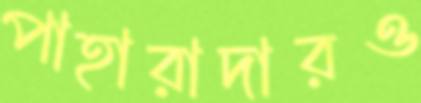
পাহারাদারও